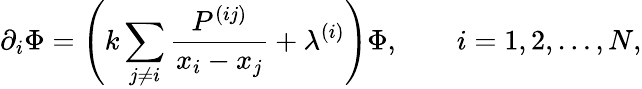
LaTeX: \partial_{i}\Phi=\left(k\sum_{j\ne i}\frac{P^{(ij)}}{x_{i}-x_{j}}+\lambda^{(i)}\right)\Phi,\qquad i=1,2,\ldots,N,